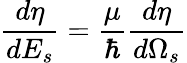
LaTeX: \frac{d\eta}{dE_{s}}=\frac{\mu}{\hbar}\frac{d\eta}{d\Omega_{s}}